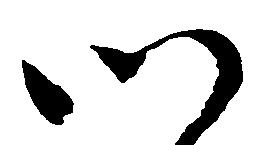
つ